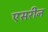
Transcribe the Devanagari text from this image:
एसरीन